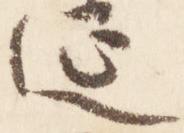
延